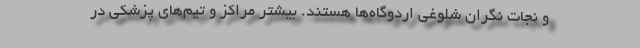
و نجات نگران شلوغی اردوگاه‌ها هستند. بیشتر مراکز و تیم‌های پزشکی در